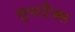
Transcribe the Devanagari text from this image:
सुपरटैक्स